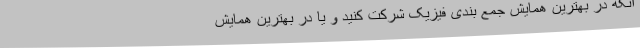
آنکه در بهترین همایش جمع بندی فیزیک شرکت کنید و یا در بهترین همایش